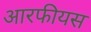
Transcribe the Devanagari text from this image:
आरफीयस